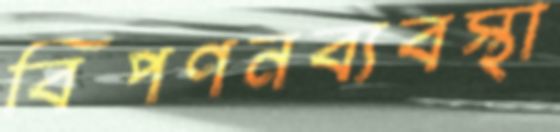
বিপণনব্যবস্থা